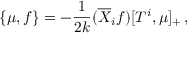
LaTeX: \left\{ \mu , f \right\} = - \frac { 1 } { 2 k } ( \overline { { X } } _ { i } f ) [ T ^ { i } , \mu ] _ { + } \, ,